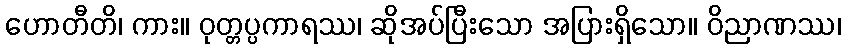
ဟောတီတိ၊ ကား။ ဝုတ္တပ္ပကာရဿ၊ ဆိုအပ်ပြီးသော အပြားရှိသော။ ဝိညာဏဿ၊